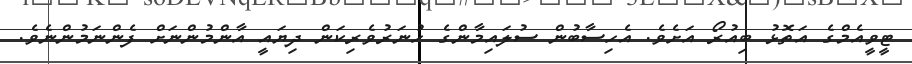
ޓީވީއެމްގެ އަތޮޅު ބިއުރޯ އަށެވެ. އެހިސާބުން ސުލައިމާންގެ ހުނަރުވެރިކަން ދިޔައީ އާންމުންނަށް ފެންނަމުންނެވެ.